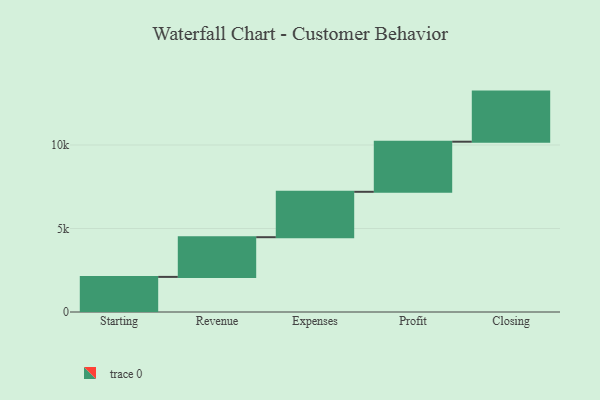
{"axis": {"x": "Step", "y": "Value"}, "legend": [""], "data": [{"x": "Starting", "y": 2102.0, "type": ""}, {"x": "Revenue", "y": 2377.0, "type": ""}, {"x": "Expenses", "y": 2719.0, "type": ""}, {"x": "Profit", "y": 3000, "type": ""}, {"x": "Closing", "y": 3000, "type": ""}]}